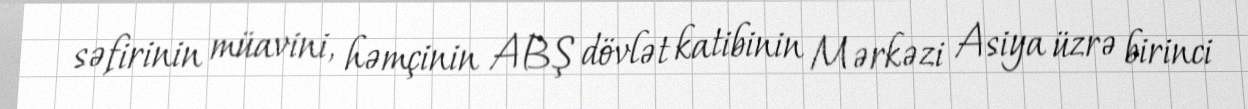
səfirinin müavini, həmçinin ABŞ dövlət katibinin Mərkəzi Asiya üzrə birinci